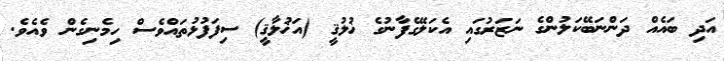
އަދި ބައެއް ދަންނަބޭކަލުންގެ ނަޒަރުގައި އެކަލޭގެފާނުގެ ޚުލުޤީ (އަޚުލާޤީ) ސިފަފުޅުތައްވެސް ހިމެނިގެން ވެއެވެ.